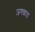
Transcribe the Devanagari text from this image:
जगन्नाथं